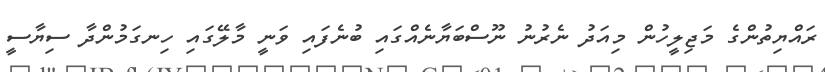
ރައްޔިތުންގެ މަޖިލީހުން މިއަދު ނެރުނު ނޫސްބަޔާނެއްގައި ބުނެފައި ވަނީ މާލޭގައި ހިނގަމުންދާ ސިޔާސީ